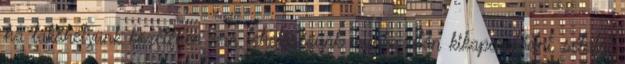
ha lakóhelyünk közelében van lehetőségünk munka után kikapcsolódni, sétálni